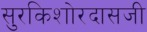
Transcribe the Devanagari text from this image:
सुरकिशोरदासजी